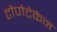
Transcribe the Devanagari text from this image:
टोपोटेकेन